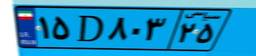
۱۵D۸۰۳۲۵